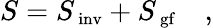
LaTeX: S=S_{\mathrm{\small~inv}}+S_{\mathrm{\small~gf}}\quad,